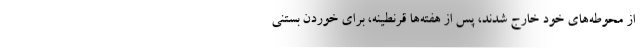
از محوطه‌های خود خارج شدند، پس از هفته‌ها قرنطینه، برای خوردن بستنی